Indian journal of veterinary science and animal husbandry - Volumes 15-17, 1948-1951
Year: 1948
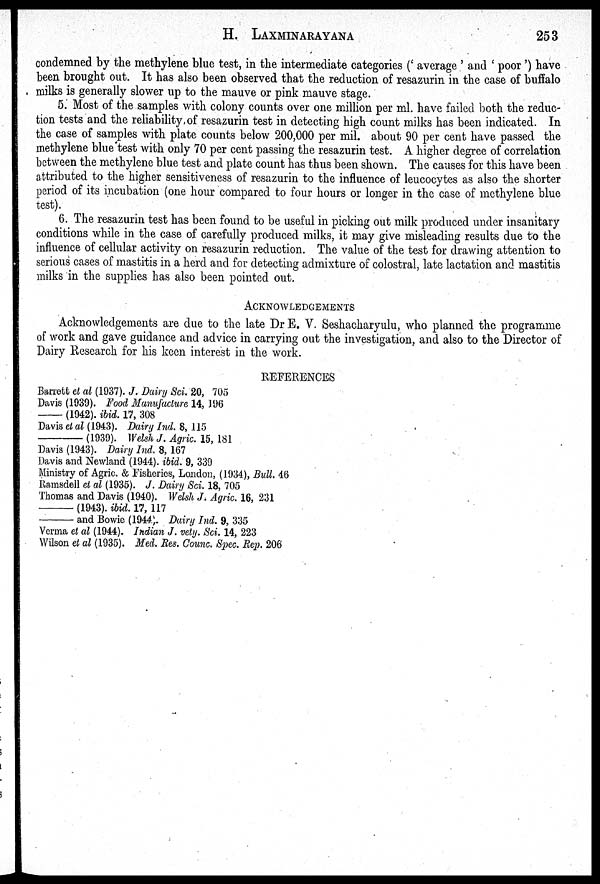
H. LAXMINARAYANA 253
condemned by the methylene blue test, in the intermediate categories ('average' and 'poor') have
been brought out. It has also been observed that the reduction of resazurin in the case of buffalo
milks is generally slower up to the mauve or pink mauve stage.
5. Most of the samples with colony counts over one million per ml. have failed both the reduc-
tion tests and the reliability of resazurin test in detecting high count milks has been indicated. In
the case of samples with plate counts below 200,000 per mil. about 90 per cent have passed the
methylene blue test with only 70 per cent passing the resazurin test. A higher degree of correlation
between the methylene blue test and plate count has thus been shown. The causes for this have been
attributed to the higher sensitiveness of resazurin to the influence of leucocytes as also the shorter
period of its incubation (one hour compared to four hours or longer in the case of methylene blue
test).
6. The resazurin test has been found to be useful in picking out milk produced under insanitary
conditions while in the case of carefully produced milks, it may give misleading results due to the
influence of cellular activity on resazurin reduction. The value of the test for drawing attention to
serious cases of mastitis in a herd and for detecting admixture of colostral, late lactation and mastitis
milks in the supplies has also been pointed out.
ACKNOWLEDGEMENTS
Acknowledgements are due to the late Dr E. V. Seshacharyulu, who planned the programme
of work and gave guidance and advice in carrying out the investigation, and also to the Director of
Dairy Research for his keen interest in the work.
REFERENCES
Barrett et al (1937). J. Dairy Sci. 20, 705
Davis (1939). Food Manufacture 14, 196
—
(1942). ibid. 17, 308
Davis et al (1943). Dairy Ind. 8, 115
—
(1939). Welsh J. Agric. 15, 181
Davis (1943). Dairy Ind. 8, 167
Davis and Newland (1944). ibid. 9, 339
Ministry of Agric. & Fisheries, London, (1934), Bull. 46
Ramsdell et al (1935). J. Dairy Sci. 18, 705
Thomas and Davis (1940). Welsh J. Agric. 16, 231
—
(1943). ibid. 17, 117
—
and Bowie (1944). Dairy Ind. 9, 335
Verma et al (1944). Indian J. vety. Sci. 14, 223
Wilson et al (1935). Med. Res. Counc. Spec. Rep. 206